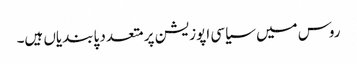
روس میں سیاسی اپوزیشن پر متعدد پابندیاں ہیں۔